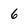
Character: 6